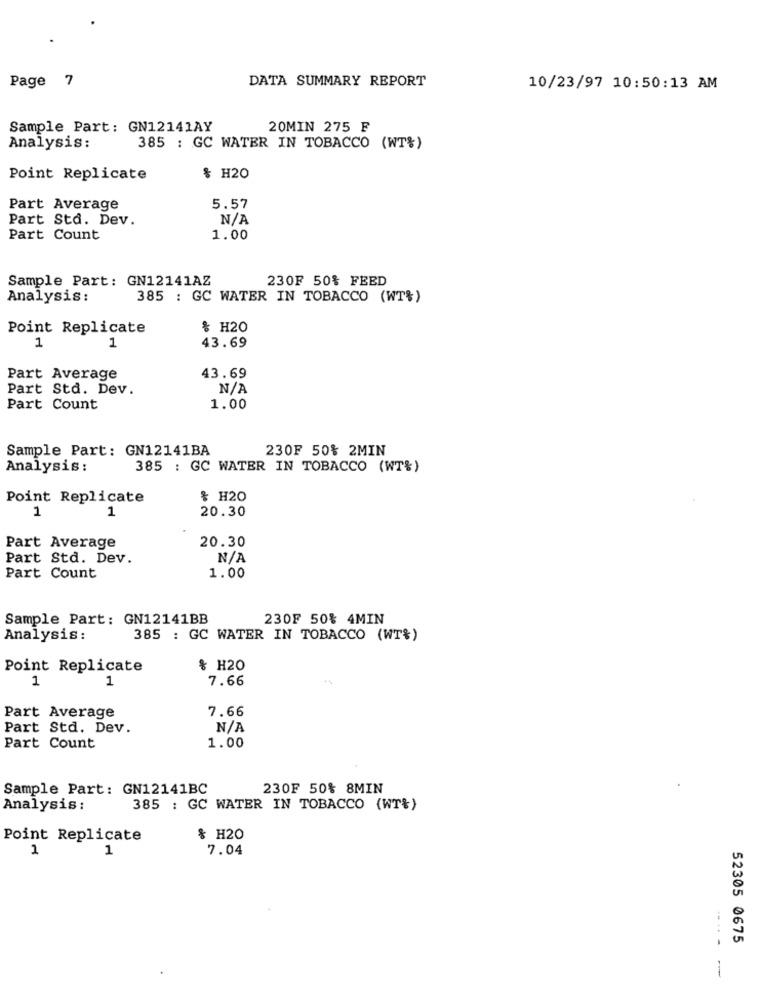
Page 7
DATA SUMMARY REPORT
10/23/97 10:50:13 AM
Sample Part: GN12141AY
20MIN 275 F
Analysis:
385 : GC WATER IN TOBACCO (WT%)
Point Replicate
& H20
Part Average
5.57
Part Std. Dev.
Part Count
1.00
Sample Part: GN12141AZ
230F 50% FEED
Analysis:
385 : GC WATER IN TOBACCO (WT%)
Point Replicate
% H20
43.69
1
1
Part Average
43.69
Part Std. Dev.
Part Count
1.00
Sample Part: GN12141BA
230F 50% 2MIN
Analysis :
385 : GC WATER IN TOBACCO (WT%)
Point Replicate
& H20
1
20.30
1
20.30
Part Average
Part Std. Dev.
Part Count
1.00
Sample Part: GN12141BB
230F 50% 4MIN
Analysis:
385 : GC WATER IN TOBACCO (WT%)
Point Replicate
& H20
1
1
7.66
Part Average
7.66
Part Std. Dev.
Part Count
1.00
Sample Part: GN12141BC
230F 50% 8MIN
Analysis :
385 : GC WATER IN TOBACCO (WT%)
Point Replicate
& H20
1
1
7.04
52305 0675
-